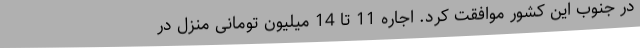
در جنوب این کشور موافقت کرد. اجاره 11 تا 14 میلیون تومانی منزل در